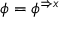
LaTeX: \phi = \phi ^ { \Rightarrow x }